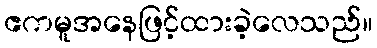
ဧကမူအနေဖြင့်ထားခဲ့လေသည်။